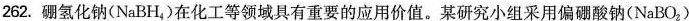
262.硼氢化钠(NaBH_{4})在化工等领域具有重要的应用价值。某研究小组采用偏硼酸钠(NaBO_{2})